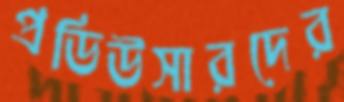
প্রডিউসারদের